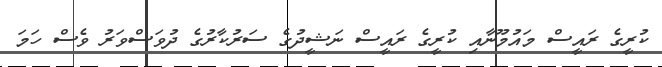
ކުރީގެ ރައީސް މައުމޫނާއި ކުރީގެ ރައީސް ނަޝީދުގެ ސަރުކާރުގެ ދުވަސްވަރު ވެސް ހަމަ